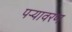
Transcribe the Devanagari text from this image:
पऱ्यावरण